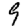
Digit: 9